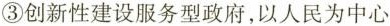
③创新性建设服务型政府，以人民为中心